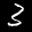
Digit: 3